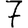
Digit: 7